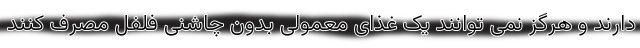
دارند و هرگز نمی توانند یک غذای معمولیِ بدون چاشنی فلفل مصرف کنند